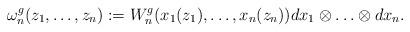
LaTeX: \begin{align*}\omega_{n}^g(z_1,\ldots, z_n):= W_n^g(x_1(z_1),\ldots, x_n(z_n))dx_1\otimes \ldots \otimes dx_n. \end{align*}